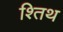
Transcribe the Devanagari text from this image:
श्तिथ